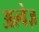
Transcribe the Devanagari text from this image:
अल्वेज़